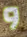
و